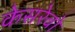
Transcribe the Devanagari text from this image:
केसरेवो